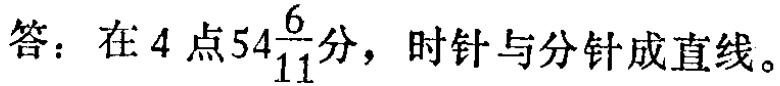
答：在\(4\)点\(54\frac{6}{11}\)分，时针与分针成直线。